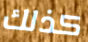
كذلك